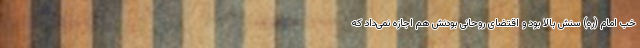
خب امام (ره) سنش بالا بود و اقتضای روحانی بودنش هم اجازه نمی‌داد که